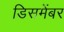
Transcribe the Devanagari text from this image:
डिसमेंबर